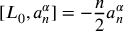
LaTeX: [ L _ { 0 } , a _ { n } ^ { \alpha } ] = - \frac { n } { 2 } a _ { n } ^ { \alpha }